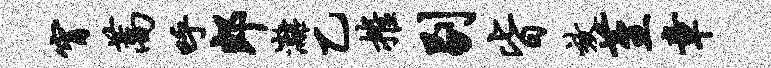
宵蒿呼郎漓乙摧剔皆效堇章